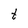
Character: t